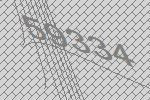
59334